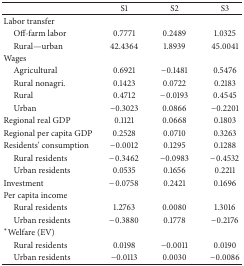
<table><thead><tr><td><b> </b></td><td><b>S1</b></td><td><b>S2</b></td><td><b>S3</b></td></tr></thead><tbody><tr><td>Labor transfer</td><td> </td><td> </td><td> </td></tr><tr><td> Off-farm labor</td><td>0.7771 </td><td>0.2489 </td><td>1.0325 </td></tr><tr><td> Rural—urban</td><td>42.4364 </td><td>1.8939 </td><td>45.0041 </td></tr><tr><td>Wages</td><td> </td><td> </td><td> </td></tr><tr><td> Agricultural</td><td>0.6921 </td><td>−0.1481 </td><td>0.5476 </td></tr><tr><td> Rural nonagri.</td><td>0.1423 </td><td>0.0722 </td><td>0.2183 </td></tr><tr><td> Rural</td><td>0.4712 </td><td>−0.0193 </td><td>0.4545 </td></tr><tr><td> Urban</td><td>−0.3023 </td><td>0.0866 </td><td>−0.2201 </td></tr><tr><td>Regional real GDP</td><td>0.1121 </td><td>0.0668 </td><td>0.1803 </td></tr><tr><td>Regional per capita GDP</td><td>0.2528 </td><td>0.0710 </td><td>0.3263 </td></tr><tr><td>Residents&#x27; consumption</td><td>−0.0012 </td><td>0.1295 </td><td>0.1288 </td></tr><tr><td> Rural residents</td><td>−0.3462 </td><td>−0.0983 </td><td>−0.4532 </td></tr><tr><td> Urban residents</td><td>0.0535 </td><td>0.1656 </td><td>0.2211 </td></tr><tr><td>Investment</td><td>−0.0758 </td><td>0.2421 </td><td>0.1696 </td></tr><tr><td>Per capita income</td><td> </td><td> </td><td> </td></tr><tr><td> Rural residents</td><td>1.2763 </td><td>0.0080 </td><td>1.3016 </td></tr><tr><td> Urban residents</td><td>−0.3880 </td><td>0.1778 </td><td>−0.2176 </td></tr><tr><td>*Welfare (EV)</td><td> </td><td> </td><td> </td></tr><tr><td> Rural residents</td><td>0.0198 </td><td>−0.0011 </td><td>0.0190 </td></tr><tr><td> Urban residents</td><td>−0.0113 </td><td>0.0030 </td><td>−0.0086 </td></tr></tbody></table>